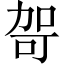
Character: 哿